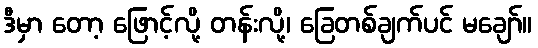
ဒီမှာ တော့ ဖြောင့်လို့ တန်းလို့၊ ခြေတစ်ချက်ပင် မချော်။